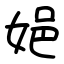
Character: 㛕